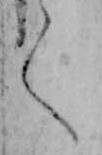
く